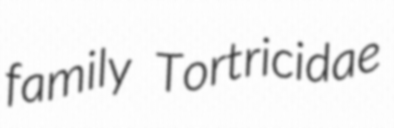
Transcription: family Tortricidae